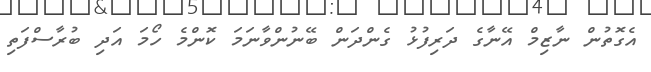
އެގޮތުން ނާޒިމް އޭނާގެ ދަރިފުޅު ގެންދަން ބޭނުންވާނަމަ ކޮންމެ ހޯމަ އަދި ބުރާސްފަތި